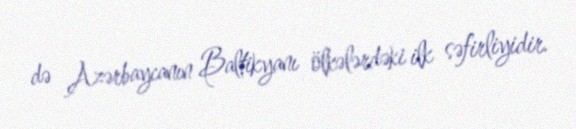
də Azərbaycanın Baltikyanı ölkələrdəki ilk səfirliyidir.